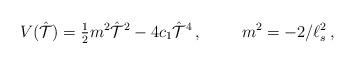
LaTeX: \begin{align*}V(\hat{\cal T})={\textstyle\frac{1}{2}}m^{2}\hat{\cal T}^{2}-4c_{1}\hat{\cal T}^{4}\, ,\hspace{1cm}m^{2} =-2/\ell_{s}^{2}\, ,\end{align*}